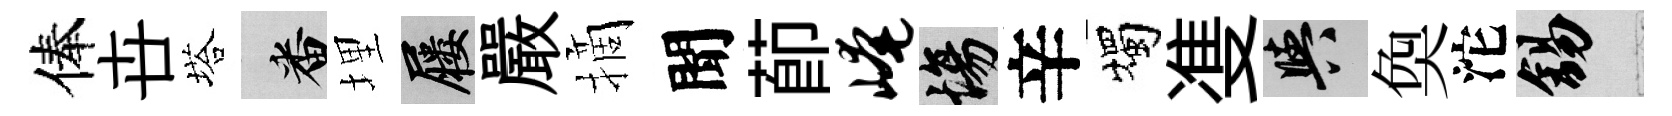
俸卋塔番埋屨嚴摘聞莭崦場辛燭㕠阳奐沱錫